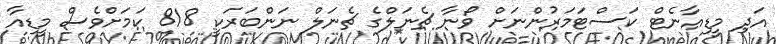
އަދި މީޑިއާނެޓް ކަސްޓަމަރުންނަށް ވޯނާ ޗެނަލްގެ ޗެނަލް ނަންބަރަކީ 818 ކަމަށްވެސް މީޑިއާ